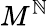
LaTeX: M^{\mathbb{N}}